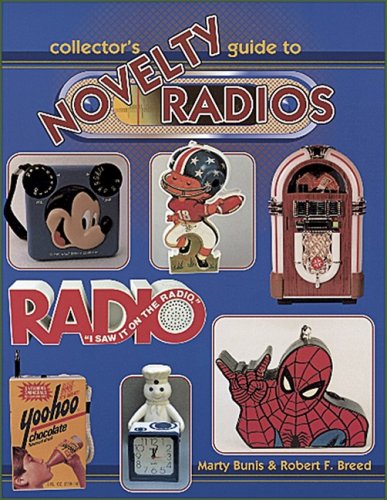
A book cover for Collectors Guide To Novelty Radios; Marty Bunis; Crafts, Hobbies & Home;